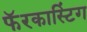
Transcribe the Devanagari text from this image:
फॅरकास्टिंग